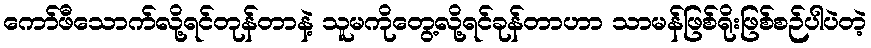
ကော်ဖီသောက်လို့ရင်တုန်တာနဲ့ သူမကိုတွေ့လို့ရင်ခုန်တာဟာ သာမန်ဖြစ်ရိုးဖြစ်စဉ်ပါပဲတဲ့